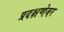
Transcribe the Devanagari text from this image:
प्रदक्षणेवर